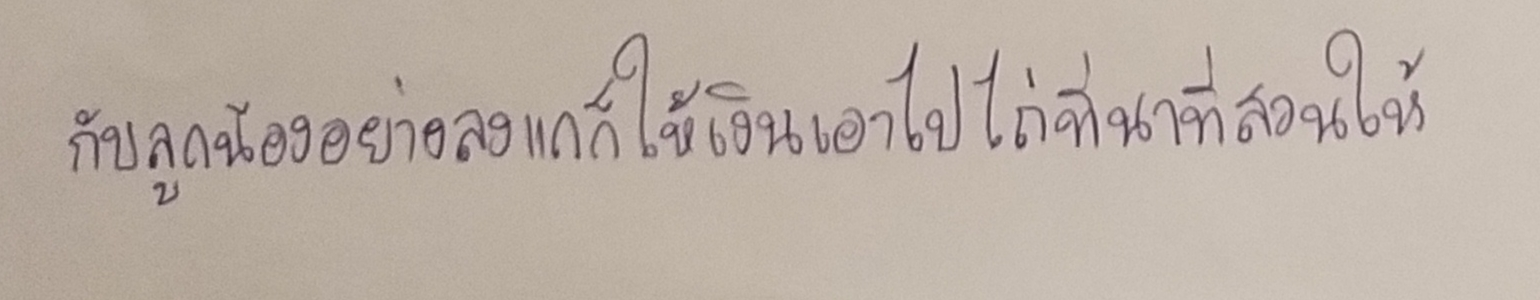
กับลูกน้องอย่างลุงแกก็ให้เงินเอาไปไถ่ที่นาที่สวนให้